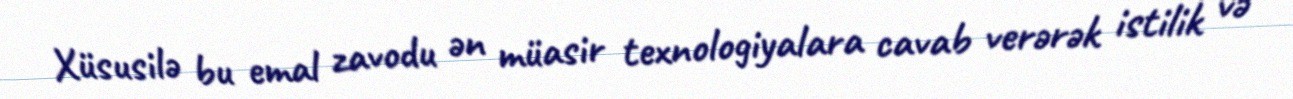
Xüsusilə bu emal zavodu ən müasir texnologiyalara cavab verərək istilik və